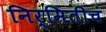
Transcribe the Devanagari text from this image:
निर्मितीचं